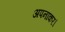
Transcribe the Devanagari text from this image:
अपनाकर।